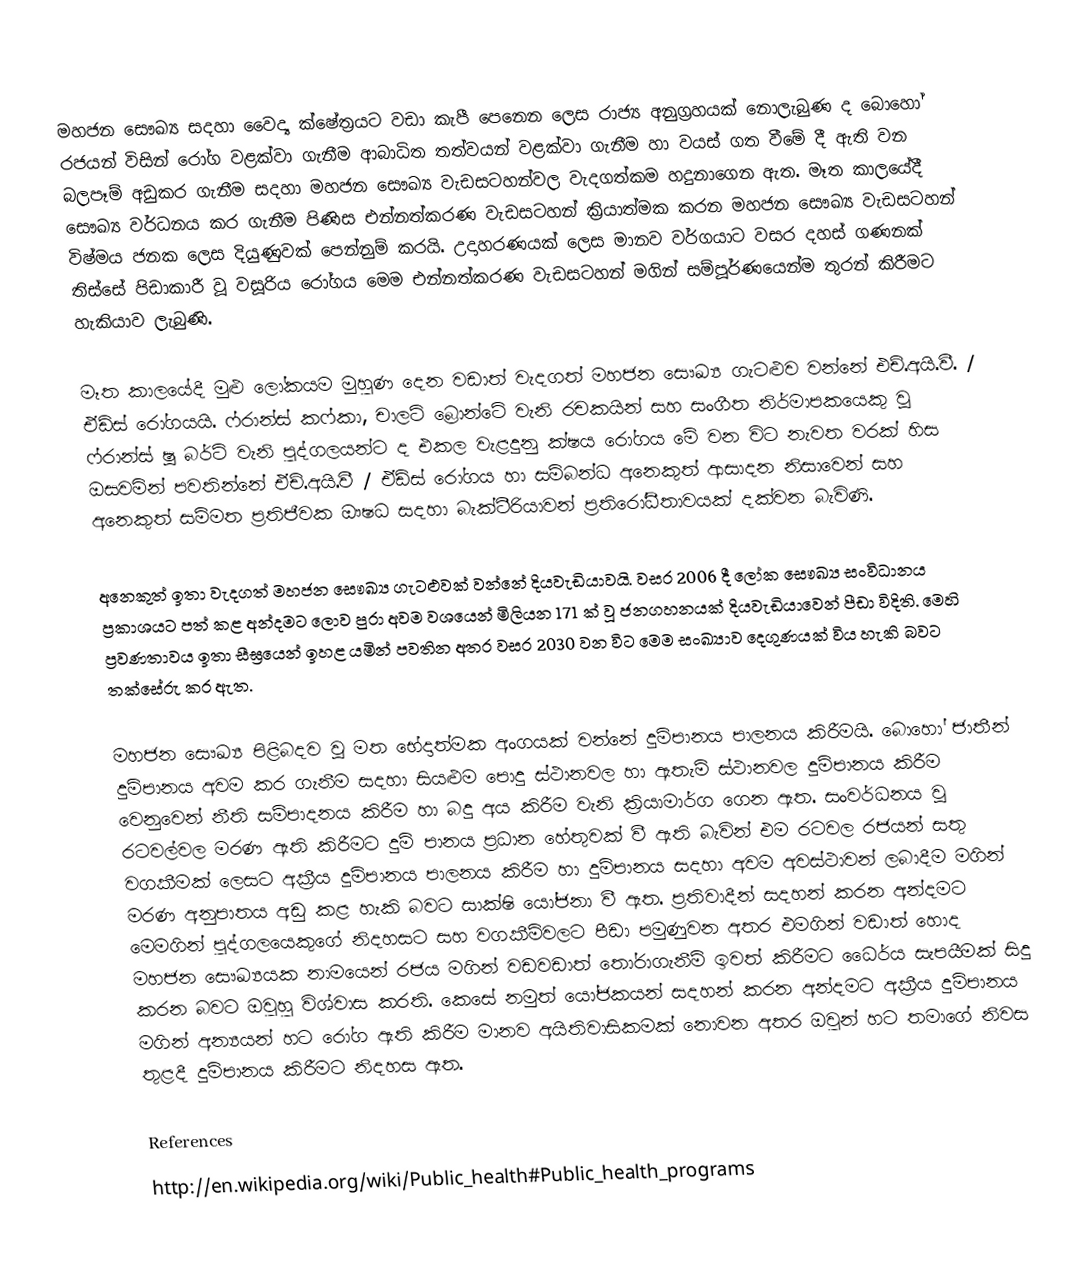
මහජන සෞඛ්‍ය සදහා වෛද්‍ය ක්ෂේත්‍රයට වඩා කැපී පෙනෙන ලෙස රාජ්‍ය අනුග්‍රහයක් නොලැබුණ ද බොහෝ රජයන් විසින් රෝග වළක්වා ගැනීම ආබාධිත තත්වයන් වළක්වා ගැනීම හා වයස් ගත වීමේ දී ඇති වන බලපෑම් අඩුකර ගැනීම සදහා මහජන සෞඛ්‍ය වැඩසටහන්වල වැදගත්කම හදුනාගෙන ඇත.  මෑත කාලයේදී සෞඛ්‍ය වර්ධනය කර ගැනීම පිණිස එන්නත්කරණ වැඩසටහන් ක්‍රියාත්මක කරන මහජන සෞඛ්‍ය වැඩසටහන් විෂ්මය ජනක ලෙස දියුණුවක් පෙන්නුම් කරයි. උදාහරණයක් ලෙස මානව වර්ගයාට වසර දහස් ගණනක් තිස්සේ පිඩාකාරී වූ වසූරිය රෝගය මෙම එන්නත්කරණ වැඩසටහන් මගින් සම්පූර්ණයෙන්ම තුරන් කිරීමට හැකියාව ලැබුණි.

මෑත කාලයේදී මුළු ලෝකයම මුහුණ දෙන වඩාත් වැදගත් මහජන සෞඛ්‍ය ගැටළුව වන්නේ එච්.අයි.වී. / ඒඩ්ස් රෝගයයි. ෆ්රාන්ස් කෆ්කා, චාලට් බ්‍රොන්ටේ වැනි රචකයින් සහ සංගීත නිර්මාපකයෙකු වූ ෆ්රාන්ස් ෂූ බර්ට් වැනි පුද්ගලයන්ට ද එකල වැළදුනු ක්ෂය රෝගය මේ වන විට නැවත වරක් හිස ඔසවමින් පවතින්නේ ඒච්.අයි.වී / ඒඩ්ස් රෝගය හා සම්බන්ධ අනෙකුත් ආසාදන නිසාවෙන් සහ අනෙකුත් සම්මත ප්‍රතිජීවක ඖෂධ සදහා බැක්ටීරියාවන් ප්‍රතිරෝධීතාවයක් දක්වන බැවිණි.

අනෙකුත් ඉතා වැදගත් මහජන සෞඛ්‍ය ගැටළුවක් වන්නේ දියවැඩියාවයි. වසර 2006 දී ලෝක සෞඛ්‍ය සංවිධානය ප්‍රකාශයට පත් කළ අන්දමට ලොව පුරා අවම වශයෙන් මිලියන  171 ක් වූ ජනගහනයක් දියවැඩියාවෙන් පීඩා විදිති. මෙහි ප්‍රවණතාවය ඉතා සීඝ්‍රයෙන් ඉහළ යමින් පවතින අතර වසර 2030 වන විට මෙම සංඛ්‍යාව දෙගුණයක් විය හැකි බවට තක්සේරු කර ඇත.

මහජන සෞඛ්‍ය පිළිබදව වූ මත භේදාත්මක අංගයක් වන්නේ දුම්පානය පාලනය කිරීමයි. බොහෝ ජාතීන් දුම්පානය අවම කර ගැනීම සදහා සියළුම පොදු ස්ථානවල හා ඇතැම් ස්ථානවල දුම්පානය කිරීම වෙනුවෙන් නීති සම්පාදනය කිරීම හා බදු අය කිරීම වැනි ක්‍රියාමාර්ග ගෙන ඇත. සංවර්ධනය වූ රටවල්වල මරණ ඇති කිරීමට දුම් පානය ප්‍රධාන හේතුවක් වී ඇති බැවින් එම රටවල රජයන් සතු වගකීමක් ලෙසට අක්‍රීය දුම්පානය පාලනය කිරීම හා දුම්පානය සදහා අවම අවස්ථාවන් ලබාදීම මගින් මරණ  අනුපාතය අඩු කළ හැකි බවට සාක්ෂි යෝජනා වී ඇත. ප්‍රතිවාදීන් සදහන් කරන අන්දමට මෙමගින් පුද්ගලයෙකුගේ නිදහසට සහ වගකීම්වලට පීඩා පමුණුවන අතර එමගින් වඩාත් හොද මහජන සෞඛ්‍යයක නාමයෙන් රජය මගින් වඩවඩාත් තෝරාගැනීම් ඉවත් කිරීමට ධෛර්ය  සැපයීමක් සිදු කරන බවට ඔවුහු විශ්වාස කරති. කෙසේ නමුත් යෝජකයන් සදහන් කරන අන්දමට අක්‍රීය දුම්පානය මගින් අන්‍යයන් හට රෝග ඇති කිරීම මානව අයිතිවාසිකමක් නොවන අතර ඔවුන් හට තමාගේ නිවස තුළදී දුම්පානය කිරීමට නිදහස ඇත.

References
http://en.wikipedia.org/wiki/Public_health#Public_health_programs